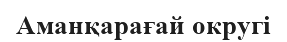
Аманқарағай округі